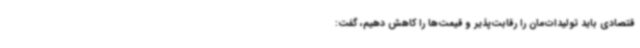
قتصادی باید تولیدات‌مان را رقابت‌پذیر و قیمت‌ها را کاهش دهیم، گفت: